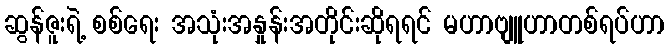
ဆွန်ဇူးရဲ့ စစ်ရေး အသုံးအနှုန်းအတိုင်းဆိုရရင် မဟာဗျူဟာတစ်ရပ်ဟာ